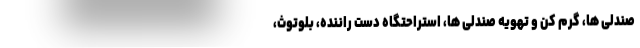
صندلی ها، گرم کن و تهویه صندلی ها، استراحتگاه دست راننده، بلوتوث،